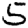
Digit: 5